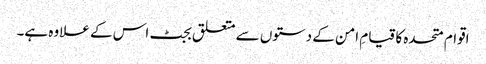
اقوام متحدہ کا قیامِ امن کے دستوں سے متعلق بجٹ اس کے علاوہ ہے۔